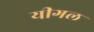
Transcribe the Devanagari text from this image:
यीगल